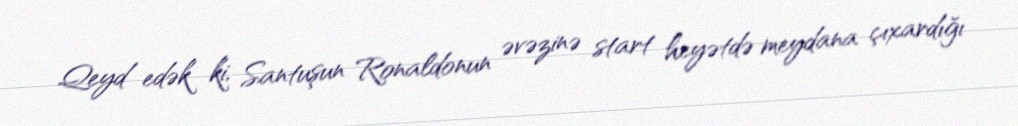
Qeyd edək ki, Santuşun Ronaldonun əvəzinə start heyətdə meydana çıxardığı